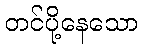
တင်ပို့နေသော